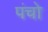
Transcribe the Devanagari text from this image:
पंचो